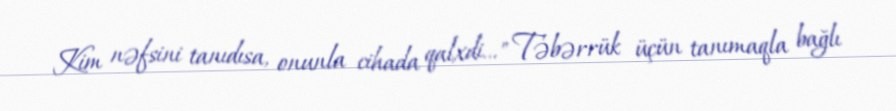
Kim nəfsini tanıdısa, onunla cihada qalxdi..." Təbərrük üçün tanımaqla bağlı